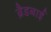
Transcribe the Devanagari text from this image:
ब्रैडबाई